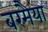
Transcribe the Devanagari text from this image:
बरमैया